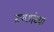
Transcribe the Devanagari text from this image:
रूग्णांच्या